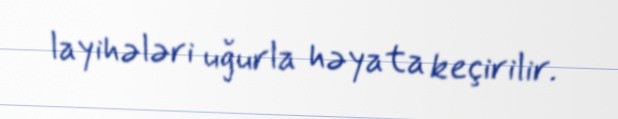
layihələri uğurla həyata keçirilir.